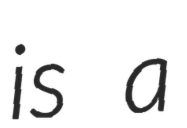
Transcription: is a